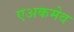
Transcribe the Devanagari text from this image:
एअकमेव